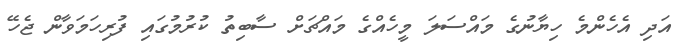
އަދި އެހެންމެ ހިޔާނުގެ މައްސަލަ މީހެއްގެ މައްޗަށް ސާބިތު ކުރުމުގައި ފުރިހަމަވާން ޖެހޭ